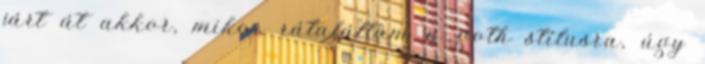
járt át akkor, mikor rátaláltam a goth stílusra, úgy